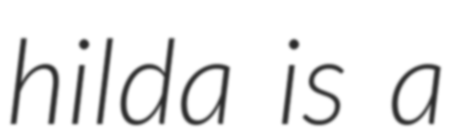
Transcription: hilda is a